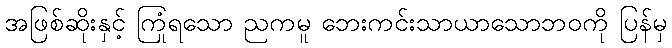
အဖြစ်ဆိုးနှင့် ကြုံရသော ညကမူ ဘေးကင်းသာယာသောဘဝကို ပြန်မှ